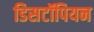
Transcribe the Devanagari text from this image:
डिसटॉपियन